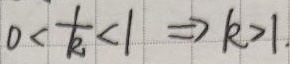
$0<\frac{1}{k}<1\Rightarrow k > 1$